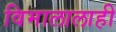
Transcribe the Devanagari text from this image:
विमालालाही